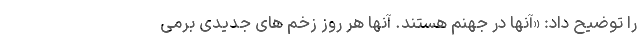
را توضیح داد: «آنها در جهنم هستند. آنها هر روز زخم های جدیدی برمی